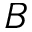
B